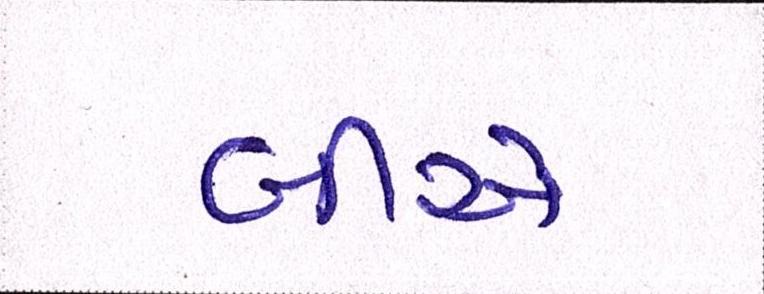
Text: બીએ